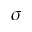
\sigma